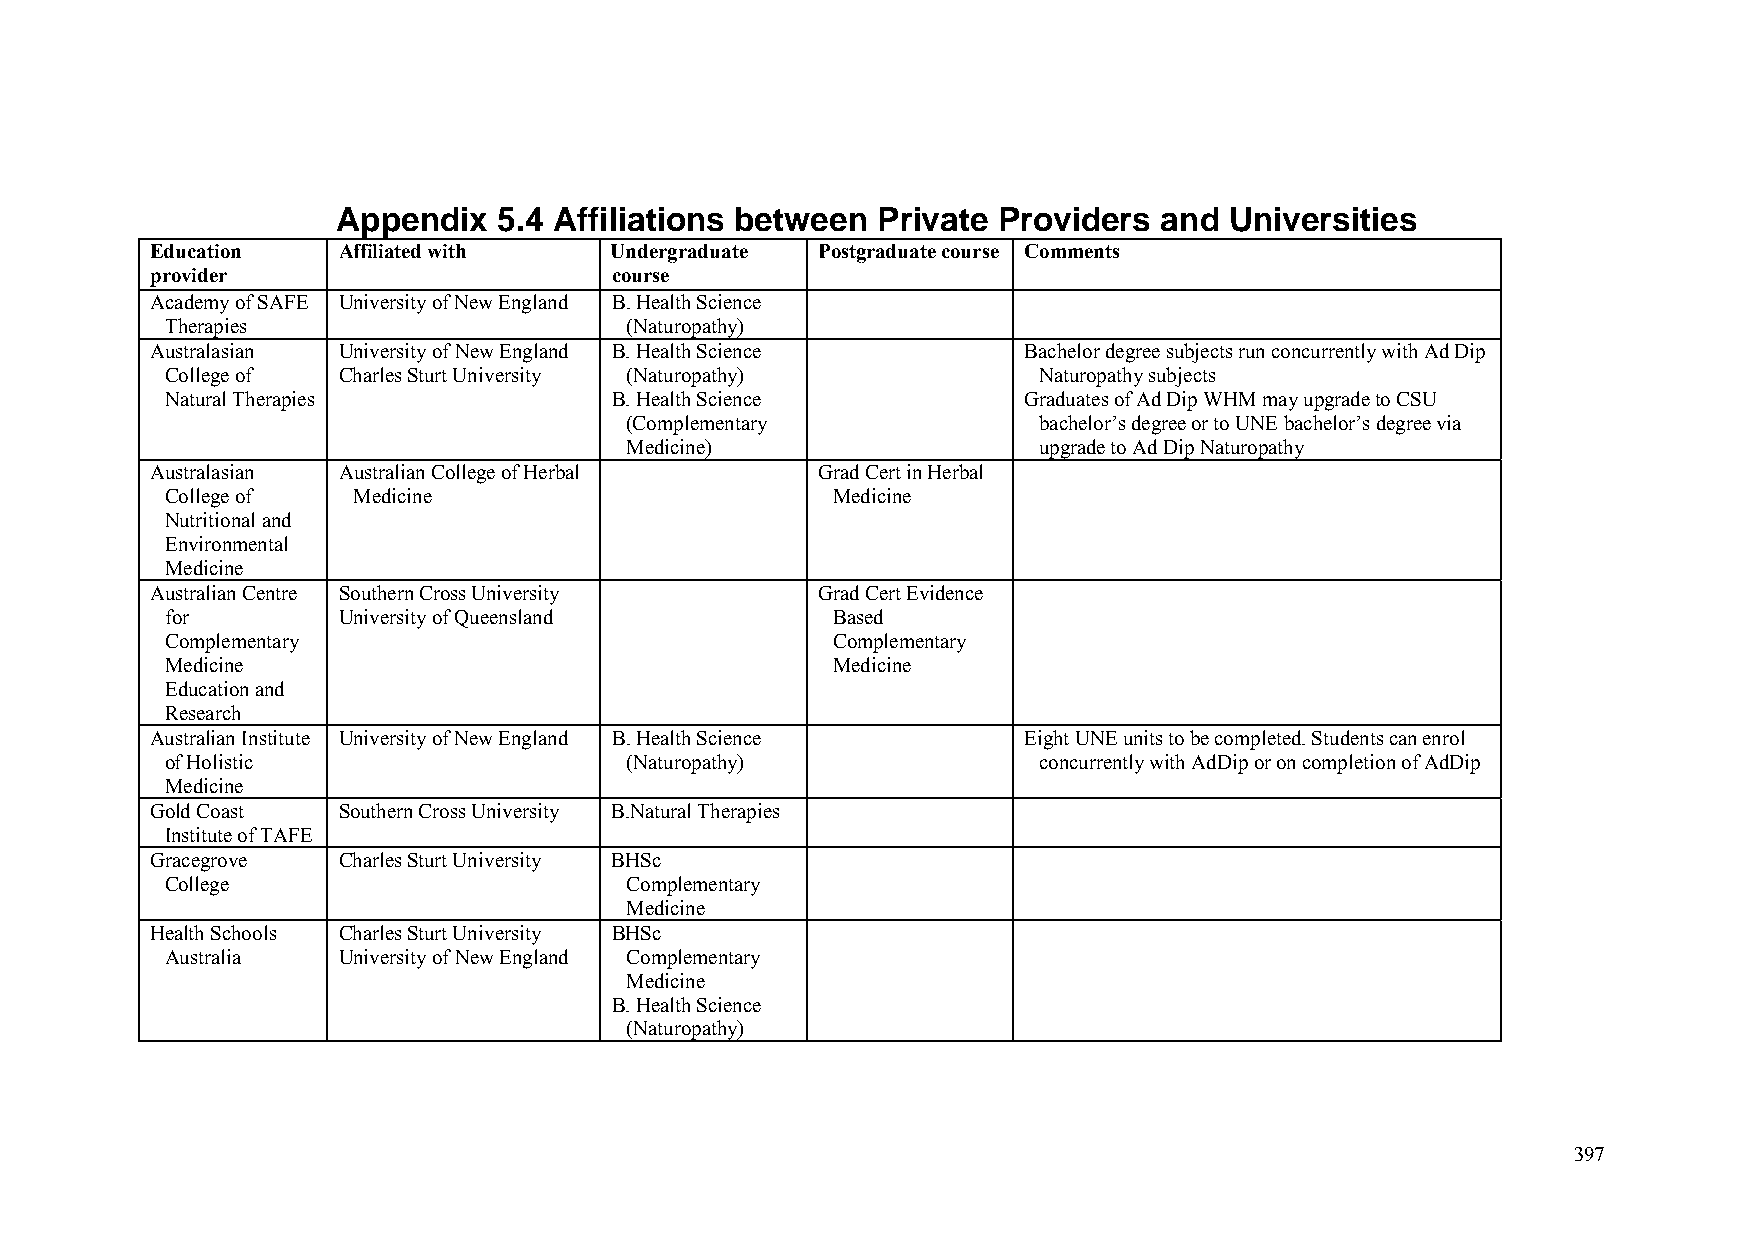
Appendix   5.4 Affiliations between Private Providers  and Universities
 Education   Affiliated with   Undergraduate Postgraduate course Comments
 provider                      course
 Academy of SAFE University of New England B. Health Science
 Therapies                     (Naturopathy)
 Australasian University of New England B. Health Science  Bachelor degree subjects run concurrently with Ad Dip
 College of Charles Sturt University (Naturopathy)         Naturopathy subjects
 Natural Therapies            B. Health Science           Graduates of Ad Dip WHM may upgrade to CSU
 (Complementary              bachelor’s degree or to UNE bachelor’s degree via
 Medicine)                   upgrade to Ad Dip Naturopathy
 Australasian Australian College of Herbal   Grad Cert in Herbal
 College of  Medicine                        Medicine
 Nutritional and
 Environmental
 Medicine
 Australian Centre Southern Cross University Grad Cert Evidence
 for        University of Queensland         Based
 Complementary                               Complementary
 Medicine                                    Medicine
 Education and
 Research
 Australian Institute University of New England B. Health Science Eight UNE units to be completed. Students can enrol
 of Holistic                   (Naturopathy)               concurrently with AdDip or on completion of AdDip
 Medicine
 Gold Coast  Southern Cross University B.Natural Therapies
 Institute of TAFE
 Gracegrove  Charles Sturt University BHSc
 College                       Complementary
 Medicine
 Health Schools Charles Sturt University BHSc
 Australia  University of New England Complementary
 Medicine
 B. Health Science
 (Naturopathy)
 397